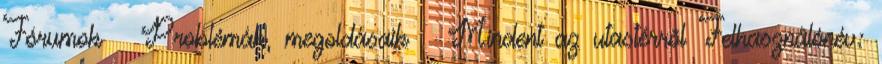
Fórumok Problémák, megoldásaik Mindent az utastérrõl Felhasználónév: